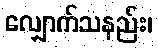
လျှောက်သနည်း၊